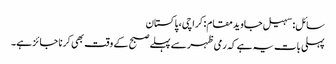
سائل: سہیل جاویدمقام: کراچی، پاکستان
پہلی بات یہ ہے کہ رمی ظہر سے پہلے صبح کے وقت بھی کرنا جائز ہے۔